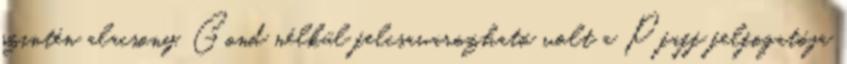
szintén alacsony. Gond nélkül felcsavarozható volt a Pfaff felfogatója